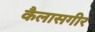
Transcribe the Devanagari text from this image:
कैलासगीर